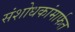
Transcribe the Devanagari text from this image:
संशोधकांमार्फत